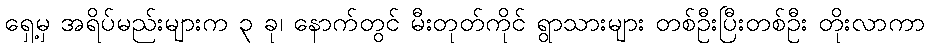
ရှေ့မှ အရိပ်မည်းများက ၃ ခု၊ နောက်တွင် မီးတုတ်ကိုင် ရွာသားများ တစ်ဦးပြီးတစ်ဦး တိုးလာကာ